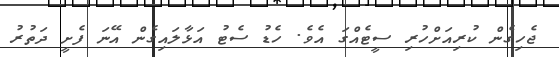
ޖެހިގެން ކުރިއަށްހުރި ސީޓެއްގަ އެވެ. ހެޑު ސެޓު އަޅާލައިގެން އޭނަ ފެށީ ދަތުރު